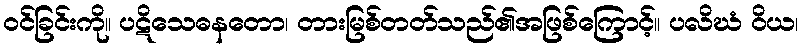
ဝင်ခြင်းကို။ ပဋိသေဓနတော၊ တားမြစ်တတ်သည်၏အဖြစ်ကြောင့်။ ပလိဃံ ဝိယ၊